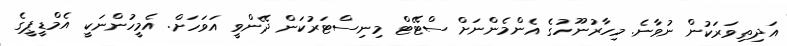
އަދިތިވަރަކުން ނުވާނެ. މިހާރުނޫހުގެ އެންމެންނަށް ސްޓޭޓް މިނިސްޓަރުކަން ދޭންވީ އަވަހަށް. އެމީހުންނަކީ އެމްޑީޕީގެ